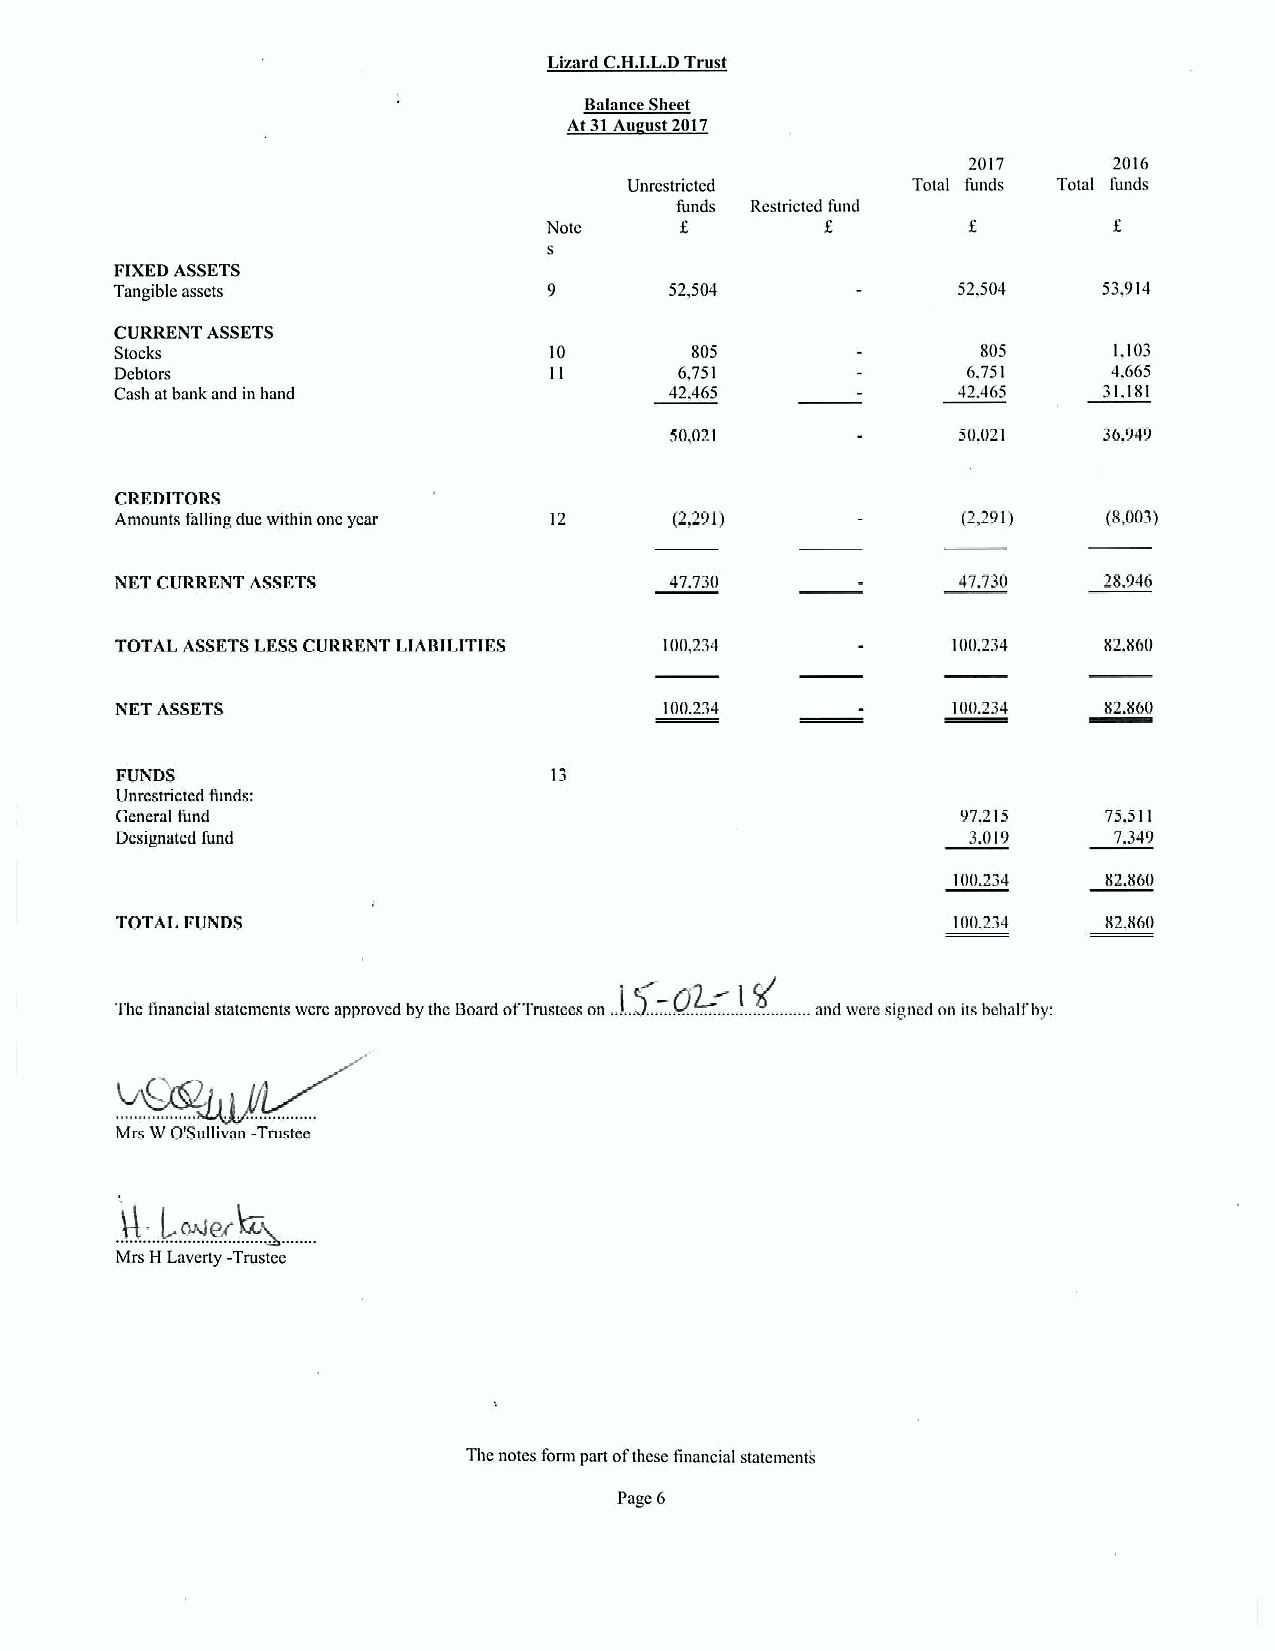
Lirerd CALI.L.DTrust
 Balance Sheet
 2017      20IG
 Unrcstrictcd      Total funds Total I'unde
 funds Restricted fund
 f
 Note     6
 s
 FIXEDASSETS
 Tangtble assets                     52,504             52,504    53,914
 CURRENT ASSETS
 Stocks                      10        805                805      1,103
 Debtors                     ll       6,751              6.751     4.665
 Cash atbank and in hand             42.465             42.465    31,181
 50,021              50.021   36,949
 CREDITORS
 Amounts falliag due within one year 12 (2,291)          (2,291)  (8,003)
 NET CURRENT ASSETS                  47.730              47.730   28.946
 TOTAL ASSETSLESSCURRENT LIABILITIES 100,234            100.234   82.860
 NET ASSETS                          '100.234           100.234   82.860
 FUNDS                       13
 Unrcstrictcd funds:
 General fund                                            97.215   75,511
 Designated fund                                         3.019     7.349
 100.234   82,8G0
 TOTAL FUNDS                                            100.234   82BGG
 Tbefmancial statements were approved by tbc Board ofTrustees on ..!. .J. .....k.'............... .... .... and were signed on itsbehalf'by:
 Mrs WO'Sullivan -Trustee
 Mrs H Laverty -Trustcc
 Thenotes form part ofthese financial statements
 Page 6